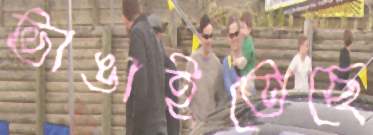
ভাঙাইতেছে